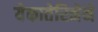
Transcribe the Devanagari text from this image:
येकातेरिनेने